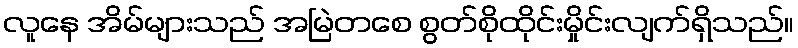
လူနေ အိမ်များသည် အမြဲတစေ စွတ်စိုထိုင်းမှိုင်းလျက်ရှိသည်။